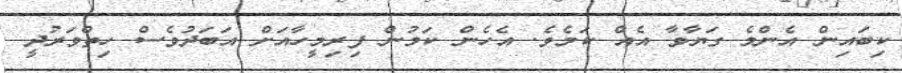
ކިބައިން އެންމެ ގަޔާވާ އެއް ކަމެވެ. އެހެން ކަމުން ފިރިމީހާއަށް އަބަދުވެސް ހިތްވަރުދީ